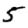
Digit: 5